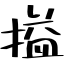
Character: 搤